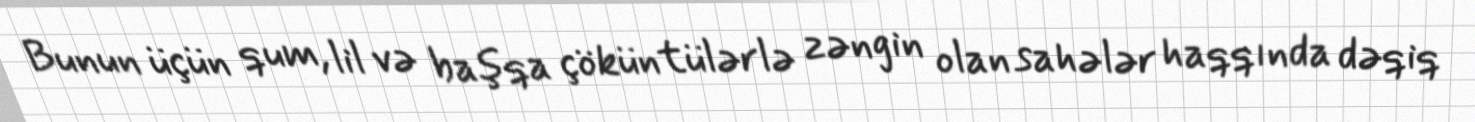
Bunun üçün qum, lil və başqa çöküntülərlə zəngin olan sahələr haqqında dəqiq